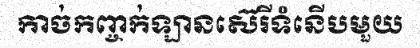
កាច់កញ្ចក់ឡានស៊េរីទំនើបមួយ